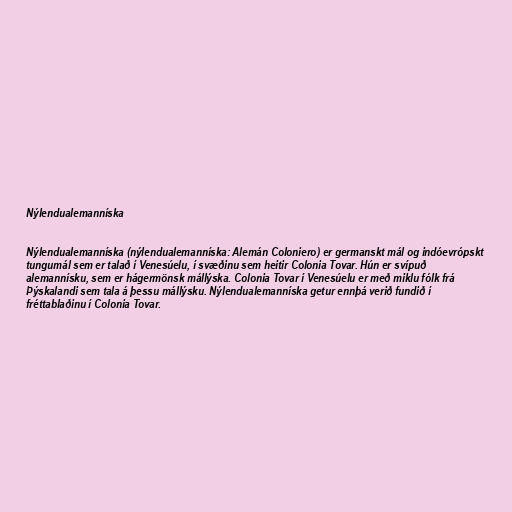
Nýlendualemanníska

Nýlendualemanníska (nýlendualemanníska: Alemán Coloniero) er germanskt mál og indóevrópskt
tungumál sem er talað í Venesúelu, í svæðinu sem heitir Colonia Tovar. Hún er svípuð
alemannísku, sem er hágermönsk mállýska. Colonia Tovar í Venesúelu er með miklu fólk frá
Þýskalandi sem tala á þessu mállýsku. Nýlendualemanníska getur ennþá verið fundið í
fréttablaðinu í Colonia Tovar.